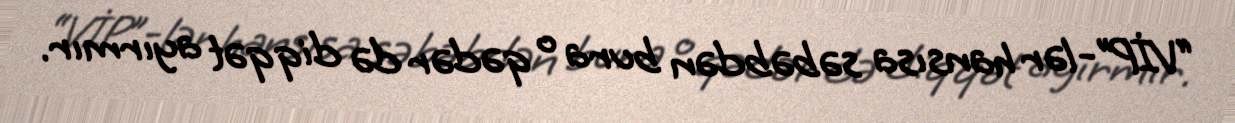
“VİP”-lər hansısa səbəbdən bura o qədər də diqqət ayırmır.